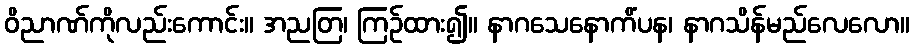
ဝိညာဏ်ကိုလည်းကောင်း။ အညတြ၊ ကြဉ်ထား၍။ နာဂသေနောကိံပန၊ နာဂသိန်မည်လေလော။